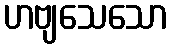
ဟဗျသေသော